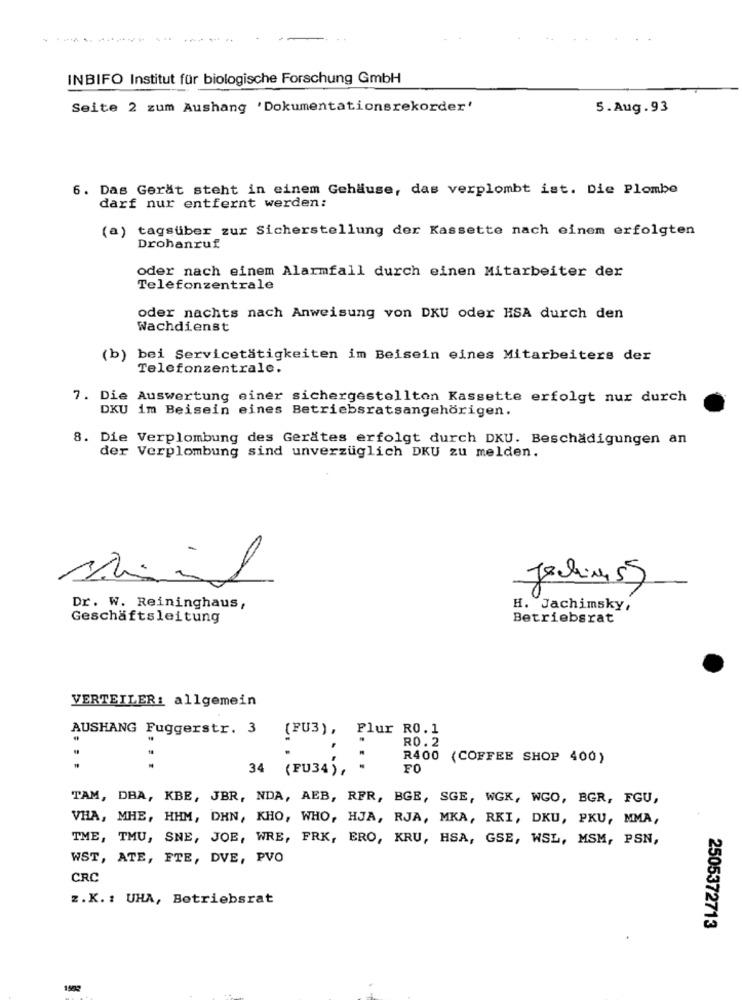
INBIFO Institut für biologische Forschung GmbH
Seite 2 zum Aushang 'Dokumentationsrekorder'
5.Aug.93
6. Das Gerät steht in einem Gehäuse, das verplombt ist. Die Plombe
darf nur entfernt werden:
(a) tagsüber zur Sicherstellung der Kassette nach einem erfolgten
Drohanruf
oder nach einem Alarmfall durch einen Mitarbeiter der
Telefonzentrale
oder nachts nach Anweisung von DKU oder HSA durch den
Wachdienst
(b) bei Servicetätigkeiten im Beisein eines Mitarbeiters der
Telefonzentrale.
7. Die Auswertung einer sichergestellton Kassette erfolgt nur durch
DKU im Beisein eines Betriebsratsangehörigen.
8. Die Verplombung des Gerätes erfolgt durch DKU. Beschädigungen an
der Verplombung sind unverzüglich DKU zu melden.
Jackimss
Dr. W. Reininghaus,
H. Jachimsky,
Geschäftsleitung
Betriebsrat
VERTEILER: allgemein
AUSHANG Fuggerstr. 3
(FU3), Flur R0.1
RO. 2
R400 (COFFEE SHOP 400)
.
34 (FU34), *
FO
TAM, DBA, KBE, JBR, NDA, AEB, RFR, BGE, SGE, WGK, WGO, BGR, FGU,
VHA, MHE, HHM, DHN, KHO, WHO, HJA, RJA, MKA, RKI, DKU, PKU, MMA,
TME, TMU, SNE, JOE, WRE, FRK, ERO, KRU, HSA, GSE, WSL, MSM, PSN,
WST, ATE, FTE, DVE, PVO
CRC
z. K. : UHA, Betriebsrat
2505372713